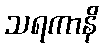
သရကာနိ